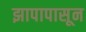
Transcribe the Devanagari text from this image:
झापापासून